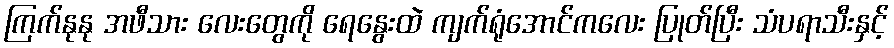
ကြက်နုနု အဖီသား လေးတွေကို ရေနွေးထဲ ကျက်ရုံအောင်ကလေး ပြုတ်ပြီး သံပရာသီးနှင့်